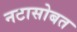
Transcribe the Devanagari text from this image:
नटासोबत